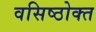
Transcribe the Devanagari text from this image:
वसिष्ठोक्त